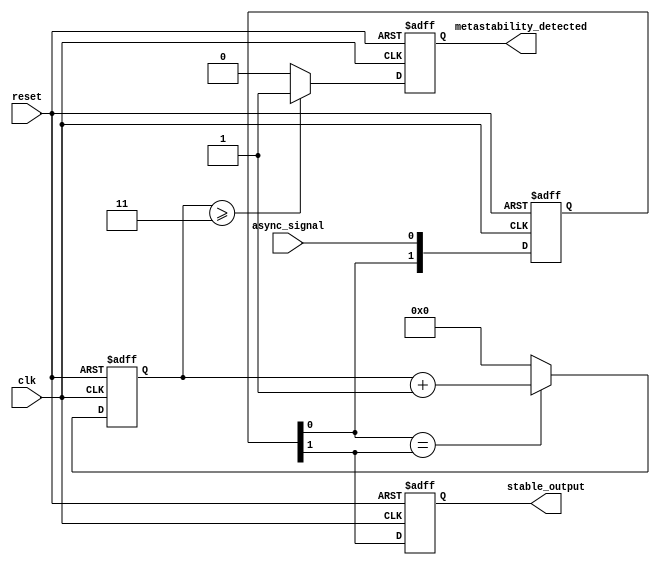
module metastability_detector (
    input wire clk,                  // Clock signal
    input wire async_signal,         // Asynchronous input signal
    input wire reset,                // Reset signal
    output reg metastability_detected,// Metastability flag output
    output reg stable_output          // Stable output from the second flip-flop
);

    reg [1:0] ff;                    // Two-stage flip-flop output
    reg pulse;                       // Pulse signal
    reg [3:0] stable_counter;        // Counter to monitor stable state

    // Sample the asynchronous input in two stages
    always @(posedge clk or posedge reset) begin
        if (reset) begin
            ff <= 2'b00;
            stable_output <= 1'b0;
            metastability_detected <= 1'b0;
            stable_counter <= 4'b0;
            pulse <= 1'b0;
        end else begin
            // Shift the flip-flops
            ff <= {ff[0], async_signal};
            stable_output <= ff[1]; // Output of the second flip-flop
            
            // Generate pulse on change of the first flip-flop
            if (ff[0] !== ff[1]) begin
                pulse <= 1'b1; // Set pulse if the first flip-flop changes
            end else begin
                pulse <= 1'b0; // Reset pulse otherwise
            end

            // Monitor stable state with a counter
            if (ff[0] == ff[1]) begin
                stable_counter <= stable_counter + 1'b1; // Increment counter if stable
            end else begin
                stable_counter <= 4'b0; // Reset counter on change
            end

            // Assert metastability detected if stable for a threshold
            if (stable_counter >= 4'd3) begin // Adjust threshold as needed
                metastability_detected <= 1'b1; // Indicate metastability detected
            end else begin
                metastability_detected <= 1'b0; // Clear metastability flag
            end
        end
    end

endmodule